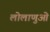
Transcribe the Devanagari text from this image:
लोलाणुओं